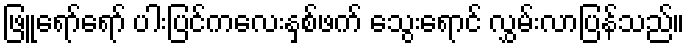
ဖြူရော်ရော် ပါးပြင်ကလေးနှစ်ဖက် သွေးရောင် လွှမ်းလာပြန်သည်။